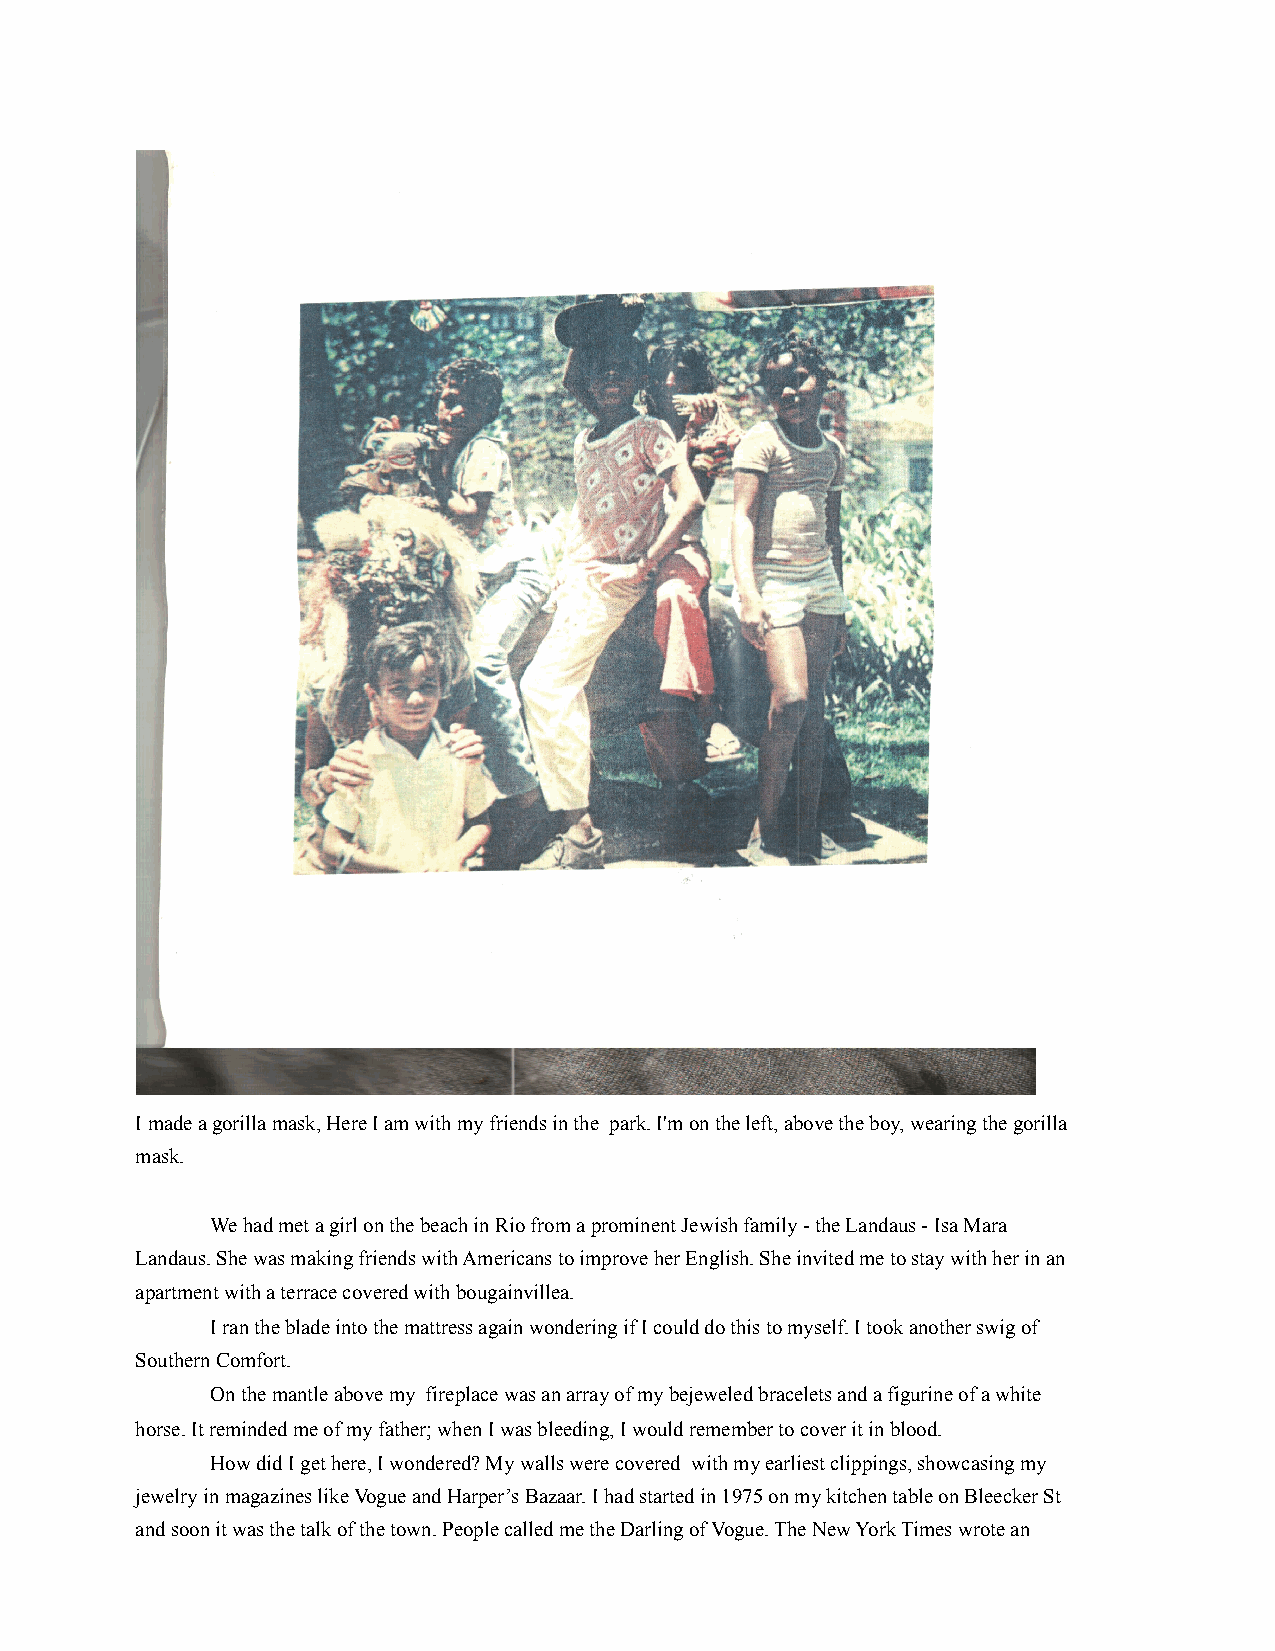
!
 I made a gorilla mask, Here I am with my friends in the park. I'm on the left, above the boy, wearing the gorilla
 mask.
 We had met a girl on the beach in Rio from a prominent Jewish family - the Landaus - Isa Mara
 Landaus. She was making friends with Americans to improve her English. She invited me to stay with her in an
 apartment with a terrace covered with bougainvillea.
 I ran the blade into the mattress again wondering if I could do this to myself. I took another swig of
 Southern Comfort.
 On the mantle above my fireplace was an array of my bejeweled bracelets and a figurine of a white
 horse. It reminded me of my father; when I was bleeding, I would remember to cover it in blood.
 How did I get here, I wondered? My walls were covered with my earliest clippings, showcasing my
 jewelry in magazines like Vogue and Harper’s Bazaar. I had started in 1975 on my kitchen table on Bleecker St
 and soon it was the talk of the town. People called me the Darling of Vogue. The New York Times wrote an